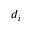
d _ { i }